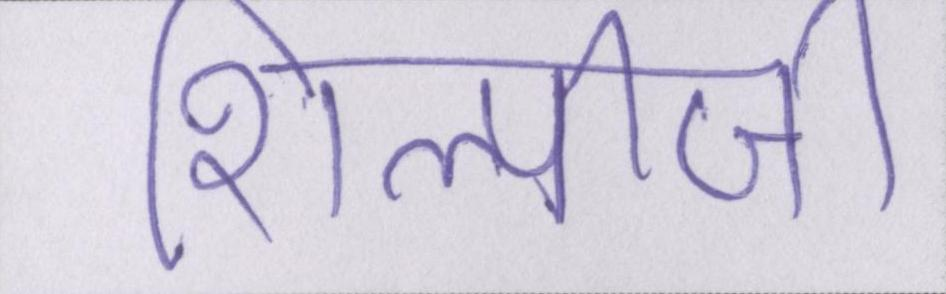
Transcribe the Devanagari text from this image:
शिल्पीजी